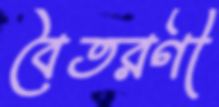
বৈতরণী